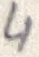
Text: 4